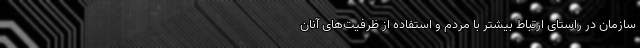
سازمان در راستای ارتباط بیشتر با مردم و استفاده از ظرفیت‌های آنان